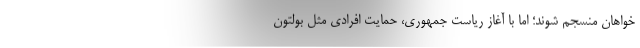
خواهان منسجم شوند؛ اما با آغاز ریاست جمهوری، حمایت افرادی مثل بولتون